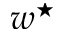
w ^ { \star }